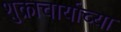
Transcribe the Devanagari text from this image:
शुक्राचार्याच्या